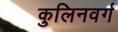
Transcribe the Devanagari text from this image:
कुलिनवर्ग